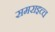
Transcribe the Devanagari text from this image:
समराइच्च